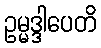
ဥမ္မဒ္ဒါပေတိ